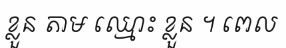
ខ្លួន តាម ឈ្មោះ ខ្លួន ។ ពេល